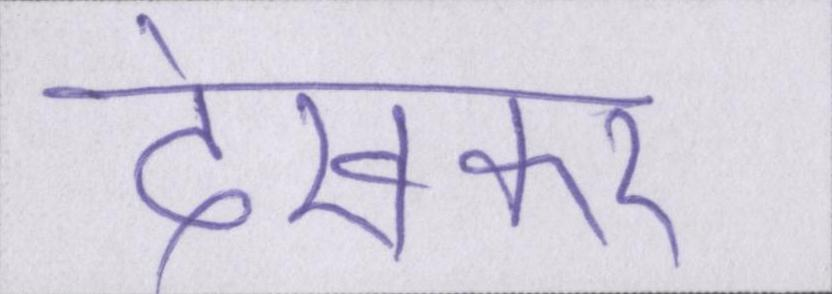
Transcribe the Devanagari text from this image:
देखकर